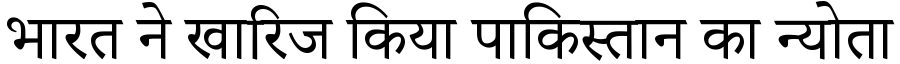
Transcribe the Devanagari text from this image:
भारत ने खारिज किया पाकिस्तान का न्योता